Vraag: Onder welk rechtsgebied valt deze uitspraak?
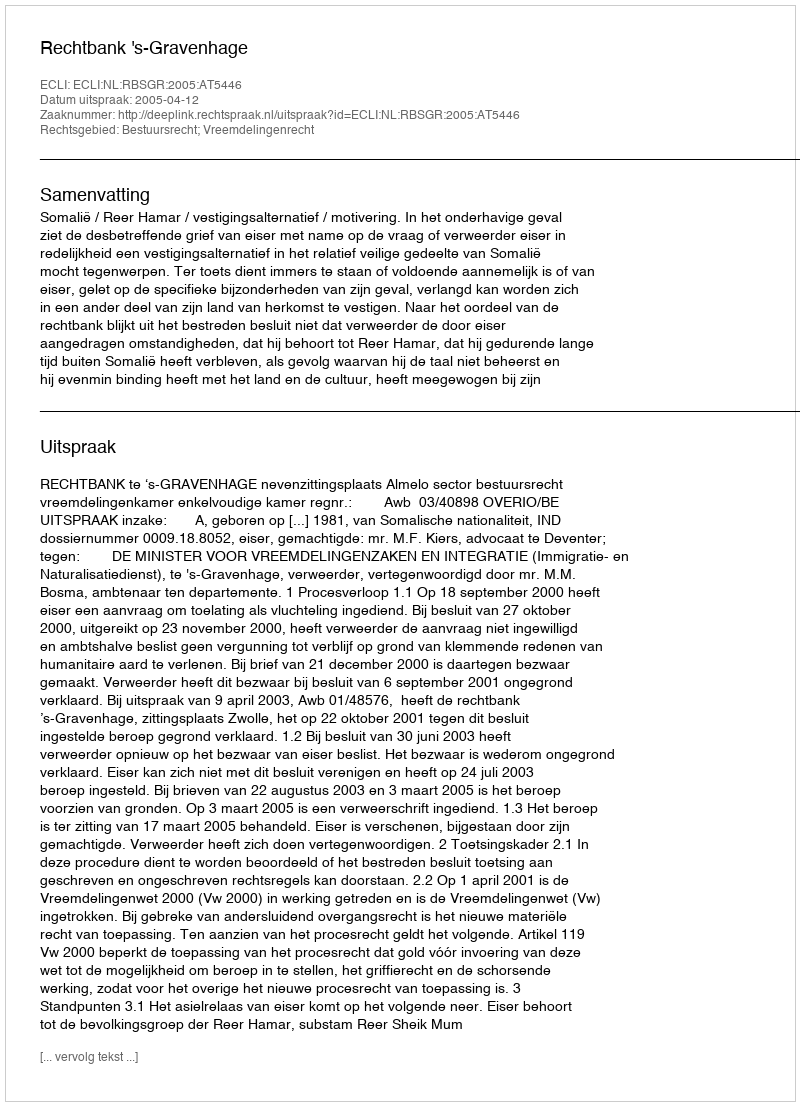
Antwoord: Bestuursrecht; Vreemdelingenrecht